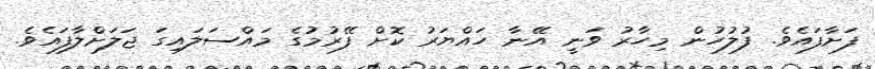
ފަށާފައެވެ. ފުލުހުން މިހާރު ވަނީ އޭނާ ހައްޔަރު ކޮށް ފޭރުމުގެ މައްސަލައިގަ ޖަލަށްލާފައެވެ.